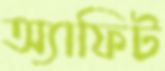
অ্যাফিট